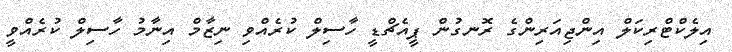
އިލެކްޓްރިކަލް އިންޖިއަރިންގެ ރޮނގުން ޕީއެޗްޑީ ހާސިލް ކުރެއްވި ނިޒާމް އިނާމު ހާސިލް ކުރެއްވީ